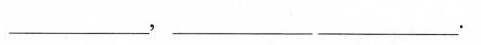
___，___ ___.